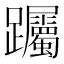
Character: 䠱